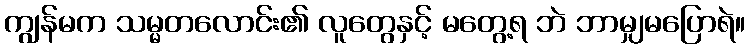
ကျွန်မက သမ္မတလောင်း၏ လူတွေနှင့် မတွေ့ရ ဘဲ ဘာမျှမပြောရဲ။